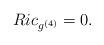
LaTeX: \begin{align*}Ric_{g^{(4)}}=0.\end{align*}